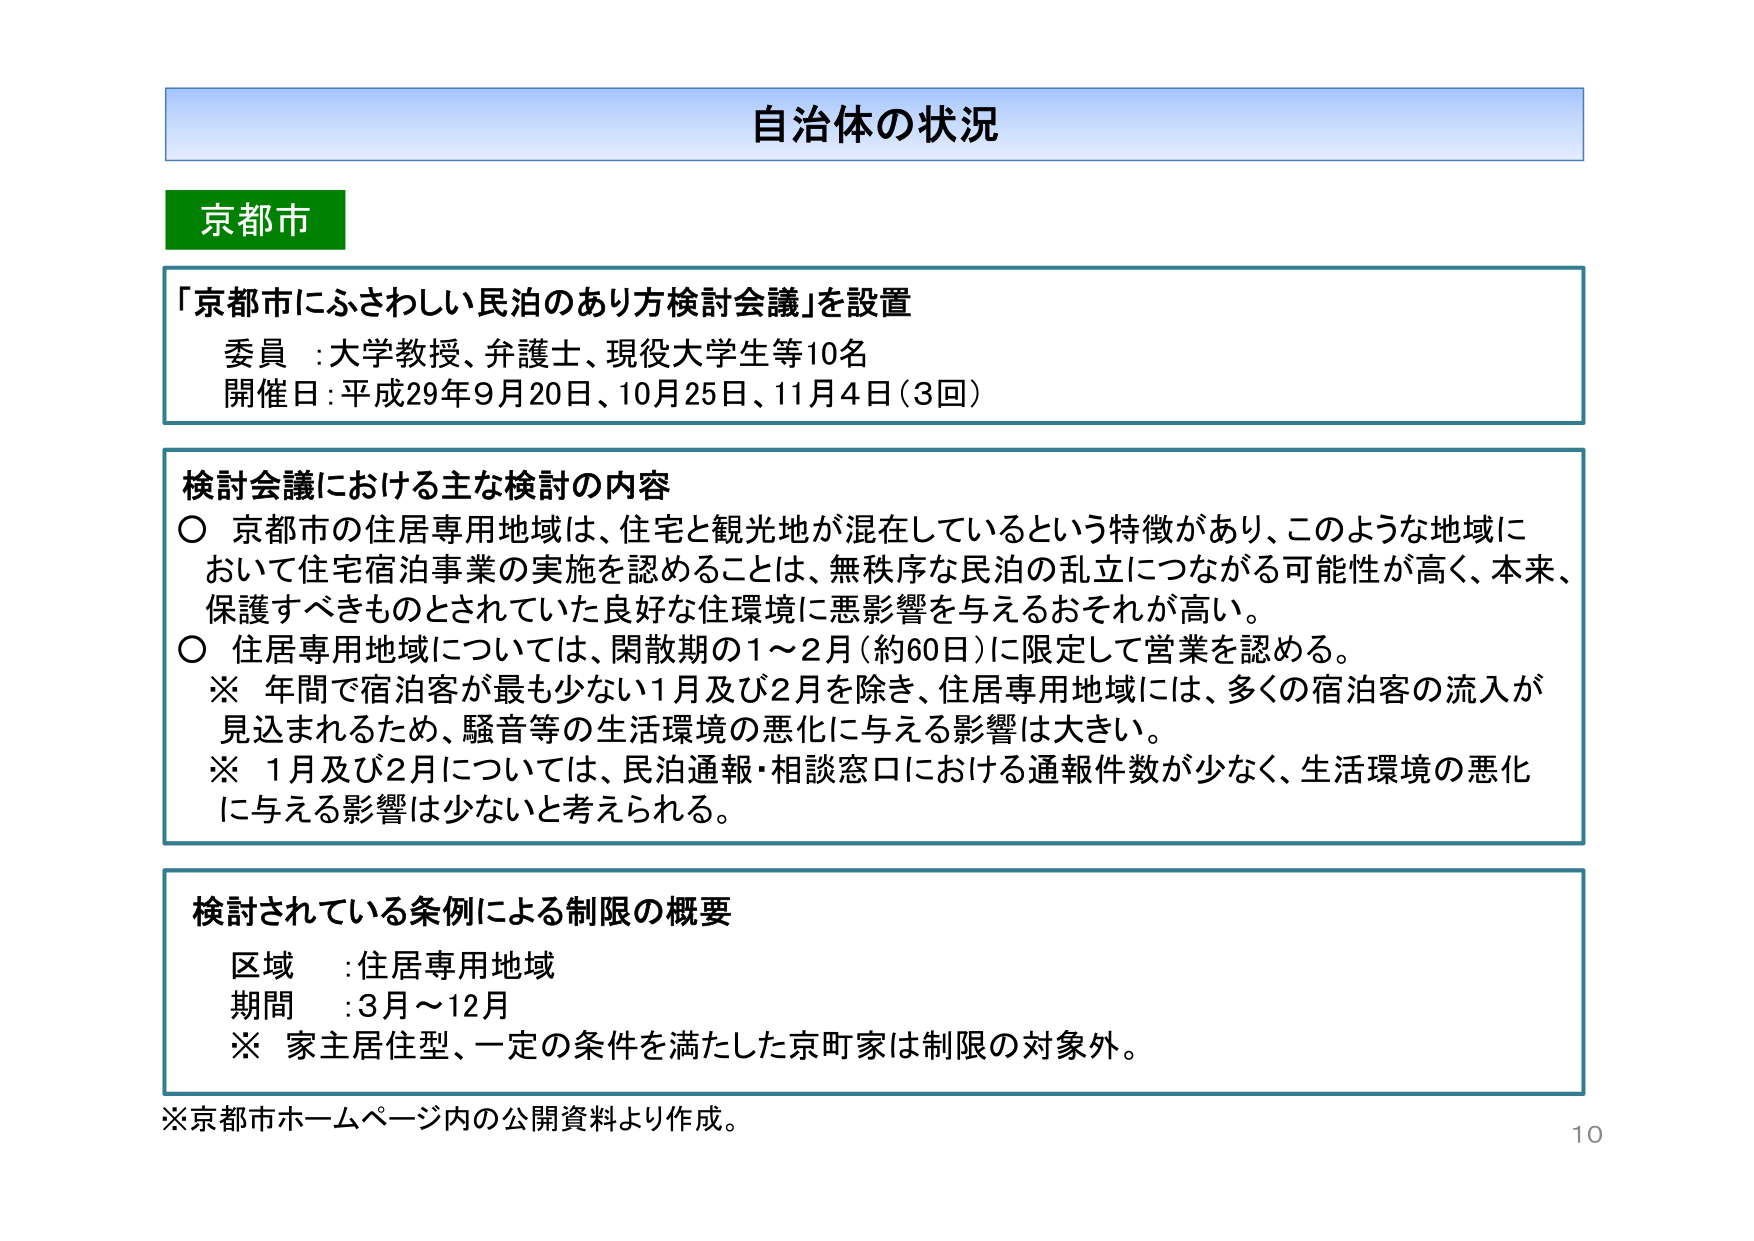
自治体の状況

京都市

「京都市にふさわしい民泊のあり方検討会議」を設置
委員：大学教授、弁護士、現役大学生等10名
開催日：平成29年9月20日、10月25日、11月4日（3回）

検討会議における主な検討の内容
○ 京都市の住居専用地域は、住宅と観光地が混在しているという特徴があり、このような地域において住宅宿泊事業の実施を認めることは、無秩序な民泊の乱立につながる可能性が高く、本来、保護すべきものとされていた良好な住環境に悪影響を与えるおそれが高い。
○ 住居専用地域については、閑散期の1～2月（約60日）に限定して営業を認める。
※ 年間で宿泊客が最も少ない1月及び2月を除き、住居専用地域には、多くの宿泊客の流入が見込まれるため、騒音等の生活環境の悪化に与える影響は大きい。
※ 1月及び2月については、民泊通報・相談窓口における通報件数が少なく、生活環境の悪化に与える影響は少ないと考えられる。

検討されている条例による制限の概要
区域：住居専用地域
期間：3月～12月
※ 家主居住型、一定の条件を満たした京町家は制限の対象外。

※京都市ホームページ内の公開資料より作成。
10